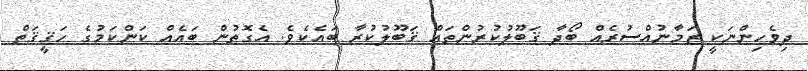
ދިވެހިންނަކީ ޒަމާނުއްސުރެއް ބޯދާ ޤަބޫލުކުރުންތައް ޤަބޫލުކުރާ ބައެކެވެ. އެގޮތުން ބައެއް ކަންކަމުގެ ހަޤީޤަތް